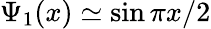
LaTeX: \Psi_{1}(x)\simeq\sin\pi x/2